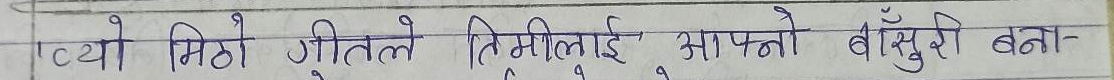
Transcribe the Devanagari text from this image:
त्यो मिठो गीतले तिमीलाई आफ्नो बाँसुरी बना-